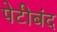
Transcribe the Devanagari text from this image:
पेटीबंद